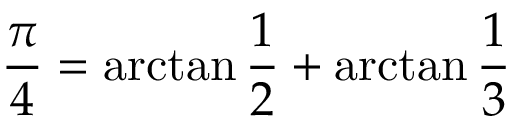
{ \frac { \pi } { 4 } } = \arctan { \frac { 1 } { 2 } } + \arctan { \frac { 1 } { 3 } }